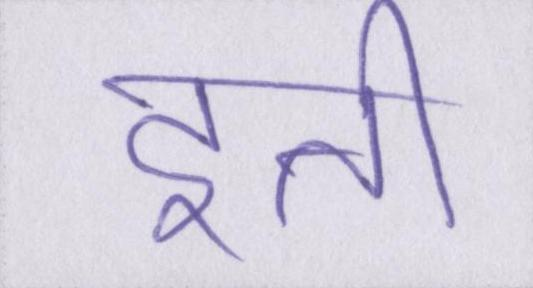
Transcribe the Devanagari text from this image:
इत्ती